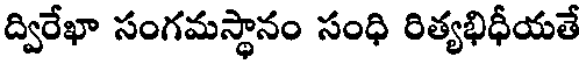
ద్విరేఖా సంగమస్థానం సంధి రిత్యభిధీయతే